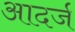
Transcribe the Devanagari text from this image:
आदर्ज